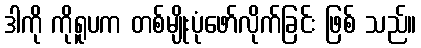
ဒါကို ကိုရူပက တစ်မျိုးပုံဖော်လိုက်ခြင်း ဖြစ် သည်။